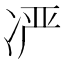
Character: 𫥍